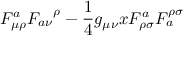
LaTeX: F _ { \mu \rho } ^ { a } F _ { a \nu } ^ { \; \; \; \; \rho } - { \frac { 1 } { 4 } } g _ { \mu \nu } x F _ { \rho \sigma } ^ { a } F _ { a } ^ { \rho \sigma }